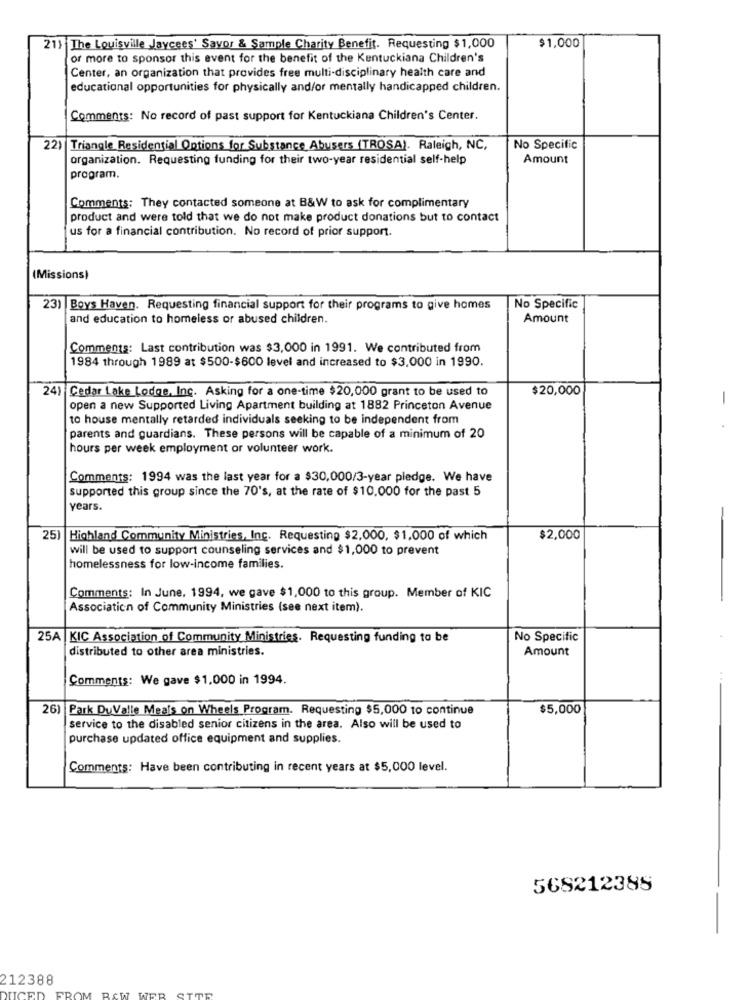
21) The Louisville Jaycees' Savor & Sample Charity Benefit. Requesting $1,000
$1,000
or more to sponsor this event for the benefit of the Kentuckiana Children's
Center, an organization that provides free multi-disciplinary health care and
educational opportunities for physically and/or mentally handicapped children.
Comments: No record of past support for Kentuckiana Children's Center.
22) Triangle Residential Options for Substance Abusers (TROSA). Raleigh, NC,
No Specific
organization. Requesting funding for their two-year residential self-help
Amount
program.
Comments: They contacted someone at B&W to ask for complimentary
product and were told that we do not make product donations but to contact
us for a financial contribution. No record of prior support.
(Missions)
23) Boys Haven. Requesting financial support for their programs to give homes
No Specific
and education to homeless or abused children.
Amount
Comments: Last contribution was $3,000 in 1991. We contributed from
1984 through 1989 at $500-$600 level and increased to $3,000 in 1990.
24) Cedar Lake Lodge, Inc. Asking for a one-time $20,000 grant to be used to
$20,000
-
open a new Supported Living Apartment building at 1882 Princeton Avenue
to house mentally retarded individuals seeking to be independent from
parents and guardians. These persons will be capable of a minimum of 20
hours per week employment or volunteer work.
Comments: 1994 was the last year for a $30,000/3-year pledge. We have
supported this group since the 70's, at the rate of $10.000 for the past 5
years.
25
Highland Community Ministries, Inc. Requesting $2,000, $1,000 of which
$2,000
will be used to support counseling services and $1,000 to prevent
homelessness for low-income families.
Comments: In June. 1994, we gave $1,000 to this group. Member of KIC
Association of Community Ministries (see next item).
25A |KIC Association of Community Ministries. Requesting funding to be
No Specific
distributed to other area ministries.
Amount
Comments: We gave $1,000 in 1994.
26) Park DuValle Meals on Wheels Program. Requesting $5,000 to continue
$5,000
service to the disabled senior citizens in the area. Also will be used to
purchase updated office equipment and supplies.
Comments: Have been contributing in recent years at $5,000 level.
568212385
212388
STTR
UCE
FROM RAW WER